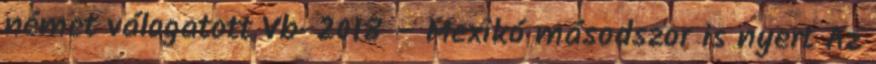
német válogatott Vb-2018 – Mexikó másodszor is nyert Az